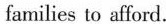
families to affoid.